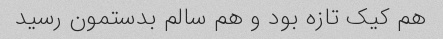
هم کیک تازه بود و هم سالم بدستمون رسید